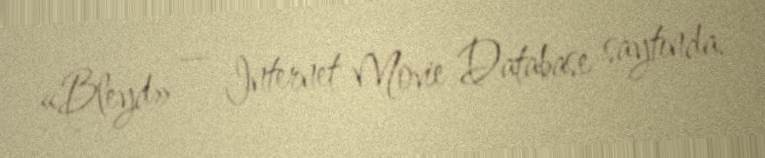
«Bleyd» — Internet Movie Database saytında.